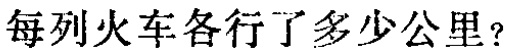
每列火车各行了多少公里?